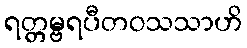
ရတ္တမ္ဗရပီတဝသသာဟိ